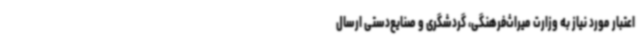
اعتبار مورد نیاز به وزارت میراث‌فرهنگی، گردشگری و صنایع‌دستی ارسال